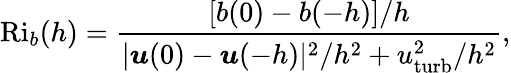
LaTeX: \mathrm{Ri}_{b}(h)=\frac{[b(0)-b(-h)]/h}{|\boldsymbol{u}(0)-\boldsymbol{u}(-h)|^{2}/h^{2}+u_{\mathrm{turb}}^{2}/h^{2}},